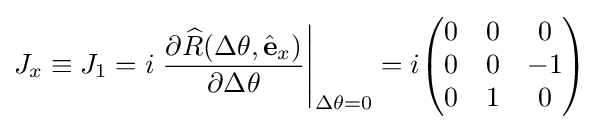
J_{x}\equiv J_{1}=i\left.{\frac {\partial {\widehat {R}}(\Delta \theta ,{\hat {\mathbf {e} }}_{x})}{\partial \Delta \theta }}\right|_{\Delta \theta =0}=i{\begin{pmatrix}0&0&0\\0&0&-1\\0&1&0\\\end{pmatrix}}